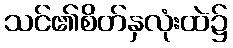
သင်၏စိတ်နှလုံးထဲ၌